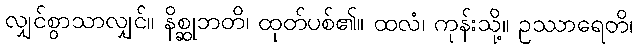
လျှင်စွာသာလျှင်။ နိစ္ဆုဘတိ၊ ထုတ်ပစ်၏။ ထလံ၊ ကုန်းသို့။ ဥဿာရေတိ၊